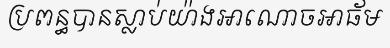
ប្រពន្ធបានស្លាប់យ៉ាងអាណោចអាធ័ម